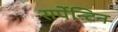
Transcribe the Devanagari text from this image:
सर्पेन्टिन